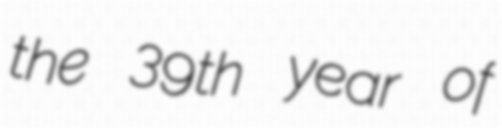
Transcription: the 39th year of